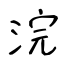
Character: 浣